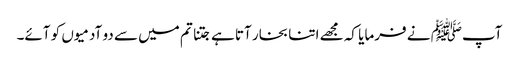
آپﷺ نے فرمایا کہ مجھے اتنا بخار آتا ہے جتنا تم میں سے دو آدمیوں کو آئے۔